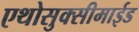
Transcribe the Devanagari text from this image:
एथोसुक्सीमाईड